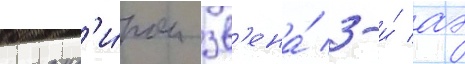
команд'и́ром зв'ена́ 3-и́ аэ